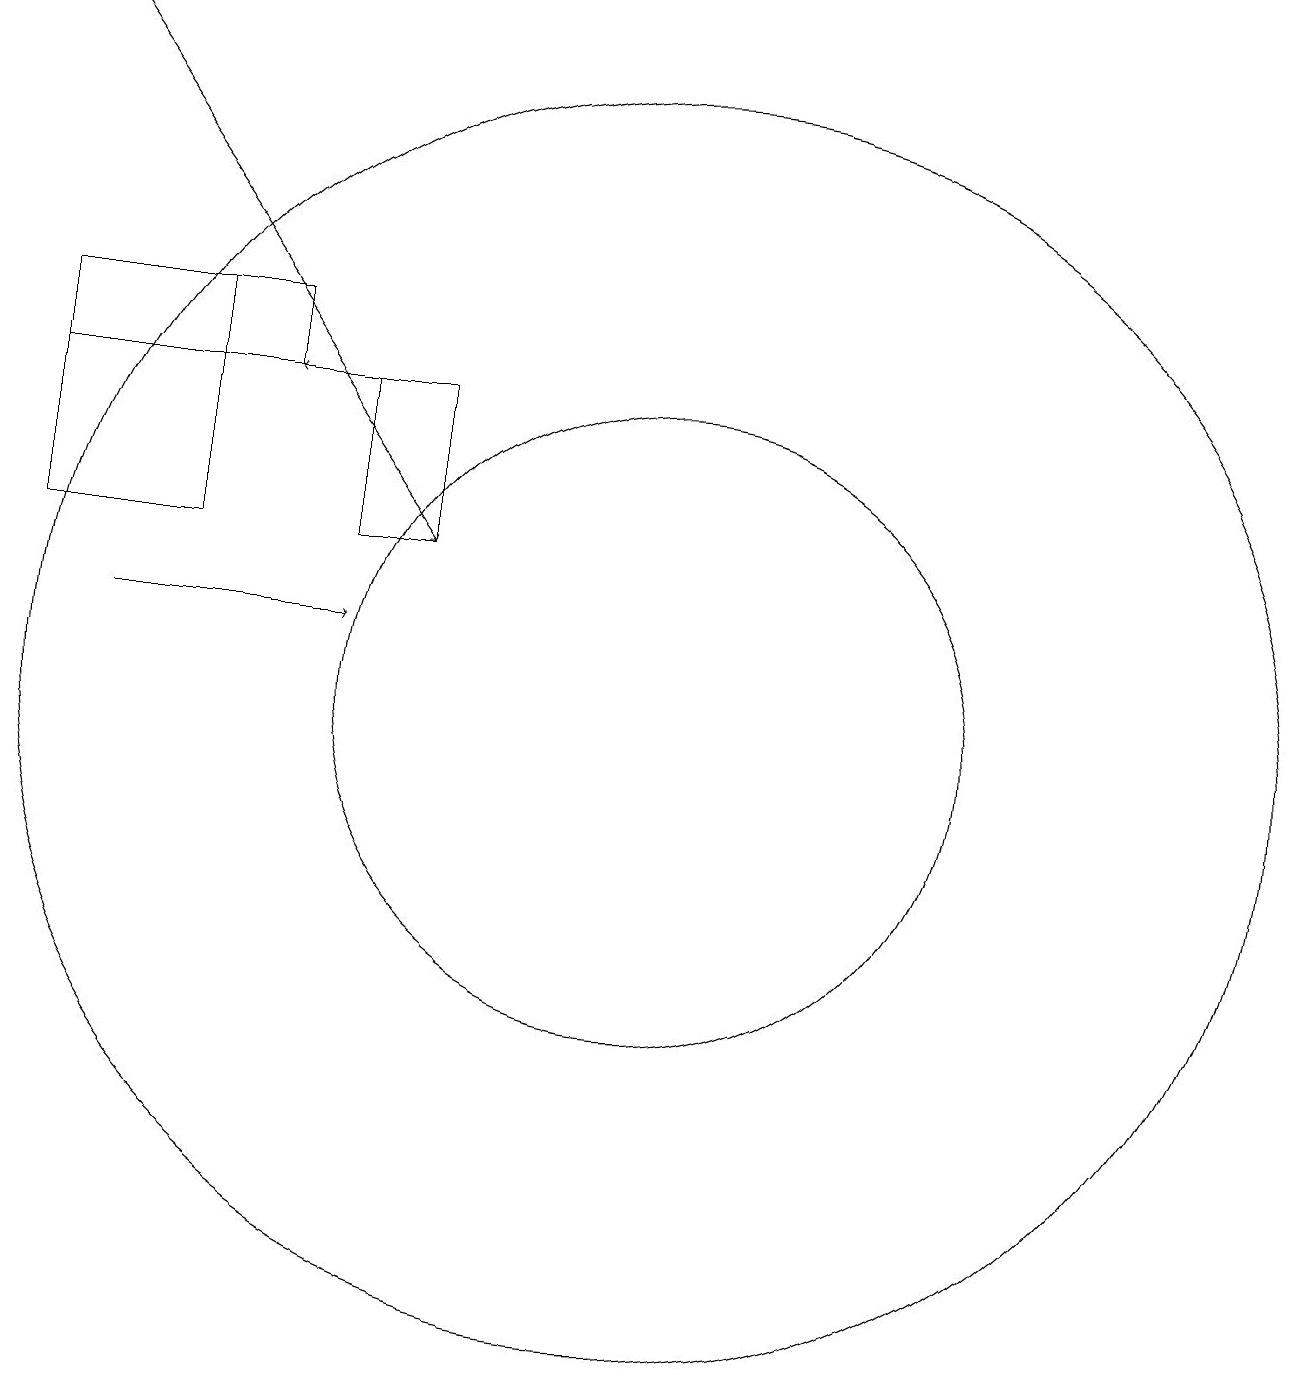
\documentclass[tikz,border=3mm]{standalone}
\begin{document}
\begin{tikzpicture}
\draw (11,10) circle (8);
\draw[->] (8,14) -- (6,14);
\draw[->] (3,19) -- (8,12);
\draw[->] (4,11) -- (7,11);
\draw (3,12) rectangle (5,15);
\draw (6,15) rectangle (3,14);
\draw (7,12) rectangle (8,14);
\draw (11,10) circle (4);
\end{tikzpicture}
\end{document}